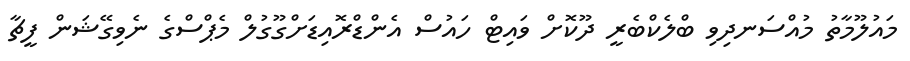
މައުލޫމާތު މުއްސަނދިވި ބްލެކްބެރީ ދޫކޮށް ވައިޓް ހައުސް އެންޑްރޮއިޑަށްގޫގުލް މެޕްސްގެ ނެވިގޭޝަން ފީޗާ